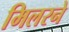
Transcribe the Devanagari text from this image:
मिलरने